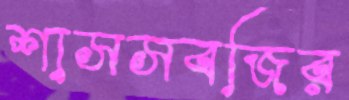
শাসসবজির